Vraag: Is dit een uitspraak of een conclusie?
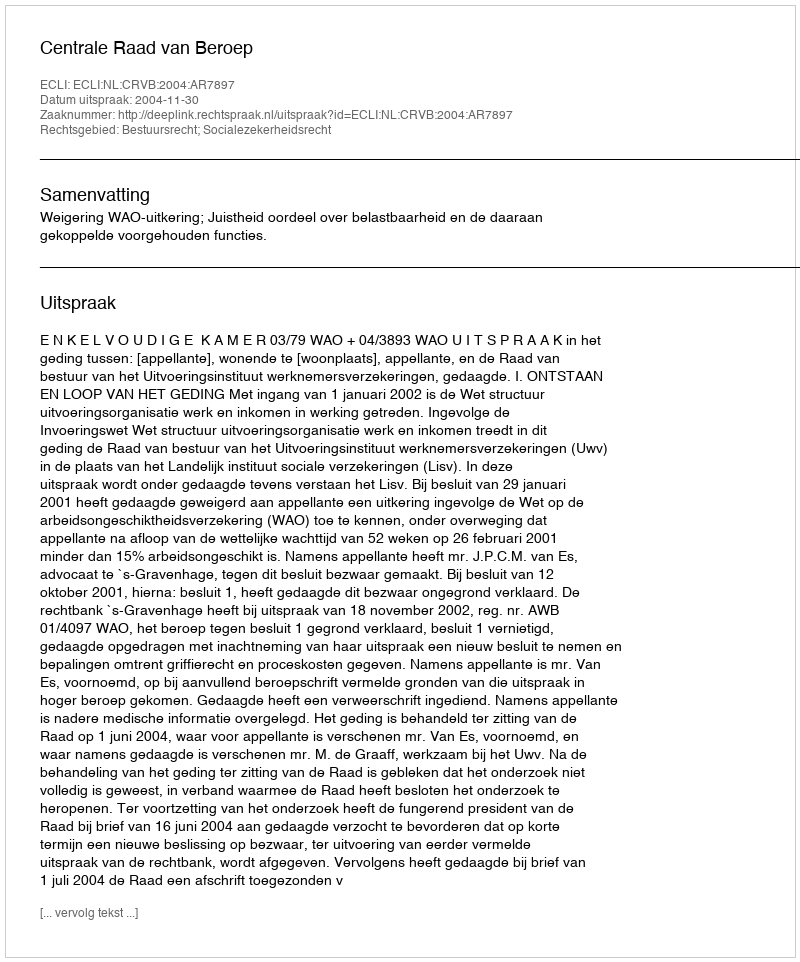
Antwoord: Uitspraak